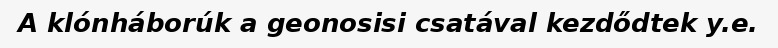
A klónháborúk a geonosisi csatával kezdődtek y.e.